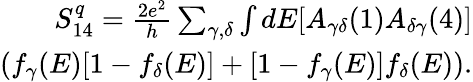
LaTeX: \begin{array}{r}{{S_{14}^{q}=\frac{2e^{2}}{h}\sum_{\gamma,\delta}\int dE[A_{\gamma\delta}(1)A_{\delta\gamma}(4)]}}\\ {{(f_{\gamma}(E)[1-f_{\delta}(E)]+[1-f_{\gamma}(E)]f_{\delta}(E)).}}\end{array}